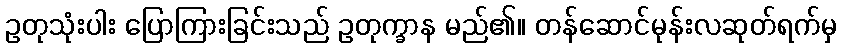
ဥတုသုံးပါး ပြောကြားခြင်းသည် ဥတုက္ခာန မည်၏။ တန်ဆောင်မုန်းလဆုတ်ရက်မှ